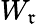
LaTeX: W_{\mathfrak{r}}